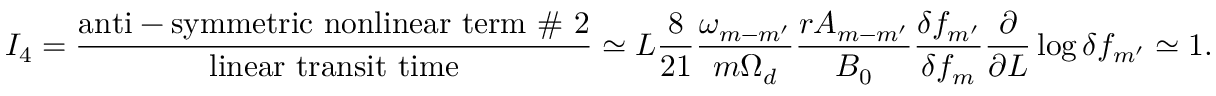
I _ { 4 } = \frac { \mathrm { a n t i - s y m m e t r i c ~ n o n l i n e a r ~ t e r m ~ \# ~ 2 } } { \mathrm { l i n e a r ~ t r a n s i t ~ t i m e } } \simeq L \frac { 8 } { 2 1 } \frac { \omega _ { m - m ^ { \prime } } } { m \Omega _ { d } } \frac { r A _ { m - m ^ { \prime } } } { B _ { 0 } } \frac { \delta f _ { m ^ { \prime } } } { { \delta f _ { m } } } \frac { \partial } { \partial L } \log \delta f _ { m ^ { \prime } } \simeq 1 .